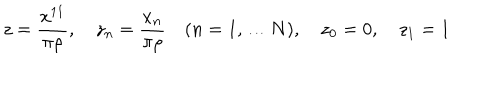
LaTeX: z = \frac { x ^ { 1 1 } } { \pi \rho } , \quad z _ { n } = \frac { x _ { n } } { \pi \rho } \quad ( n = 1 , \ldots N ) , \quad z _ { 0 } = 0 , \quad z _ { 1 } = 1